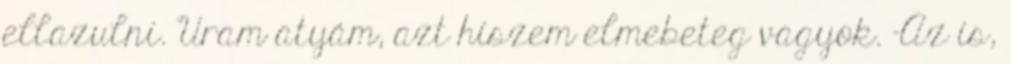
ellazulni. Uram atyám, azt hiszem elmebeteg vagyok. -Az is,